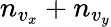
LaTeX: n_{v_{x}}+n_{v_{y}}